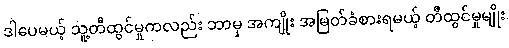
ဒါပေမယ့် သူ့တီထွင်မှုကလည်း ဘာမှ အကျိုး အမြတ်ခံစားရမယ့် တီထွင်မှုမျိုး